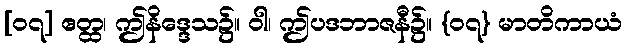
[၀၇] ဧတ္ထ၊ ဤနိဒ္ဒေသ၌။ ဝါ၊ ဤပဒဘာဇနီ၌။ {၀၇} မာတိကာယံ